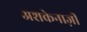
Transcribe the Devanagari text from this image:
अशकेनाज़ी